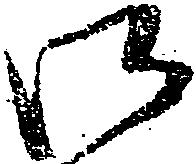
御